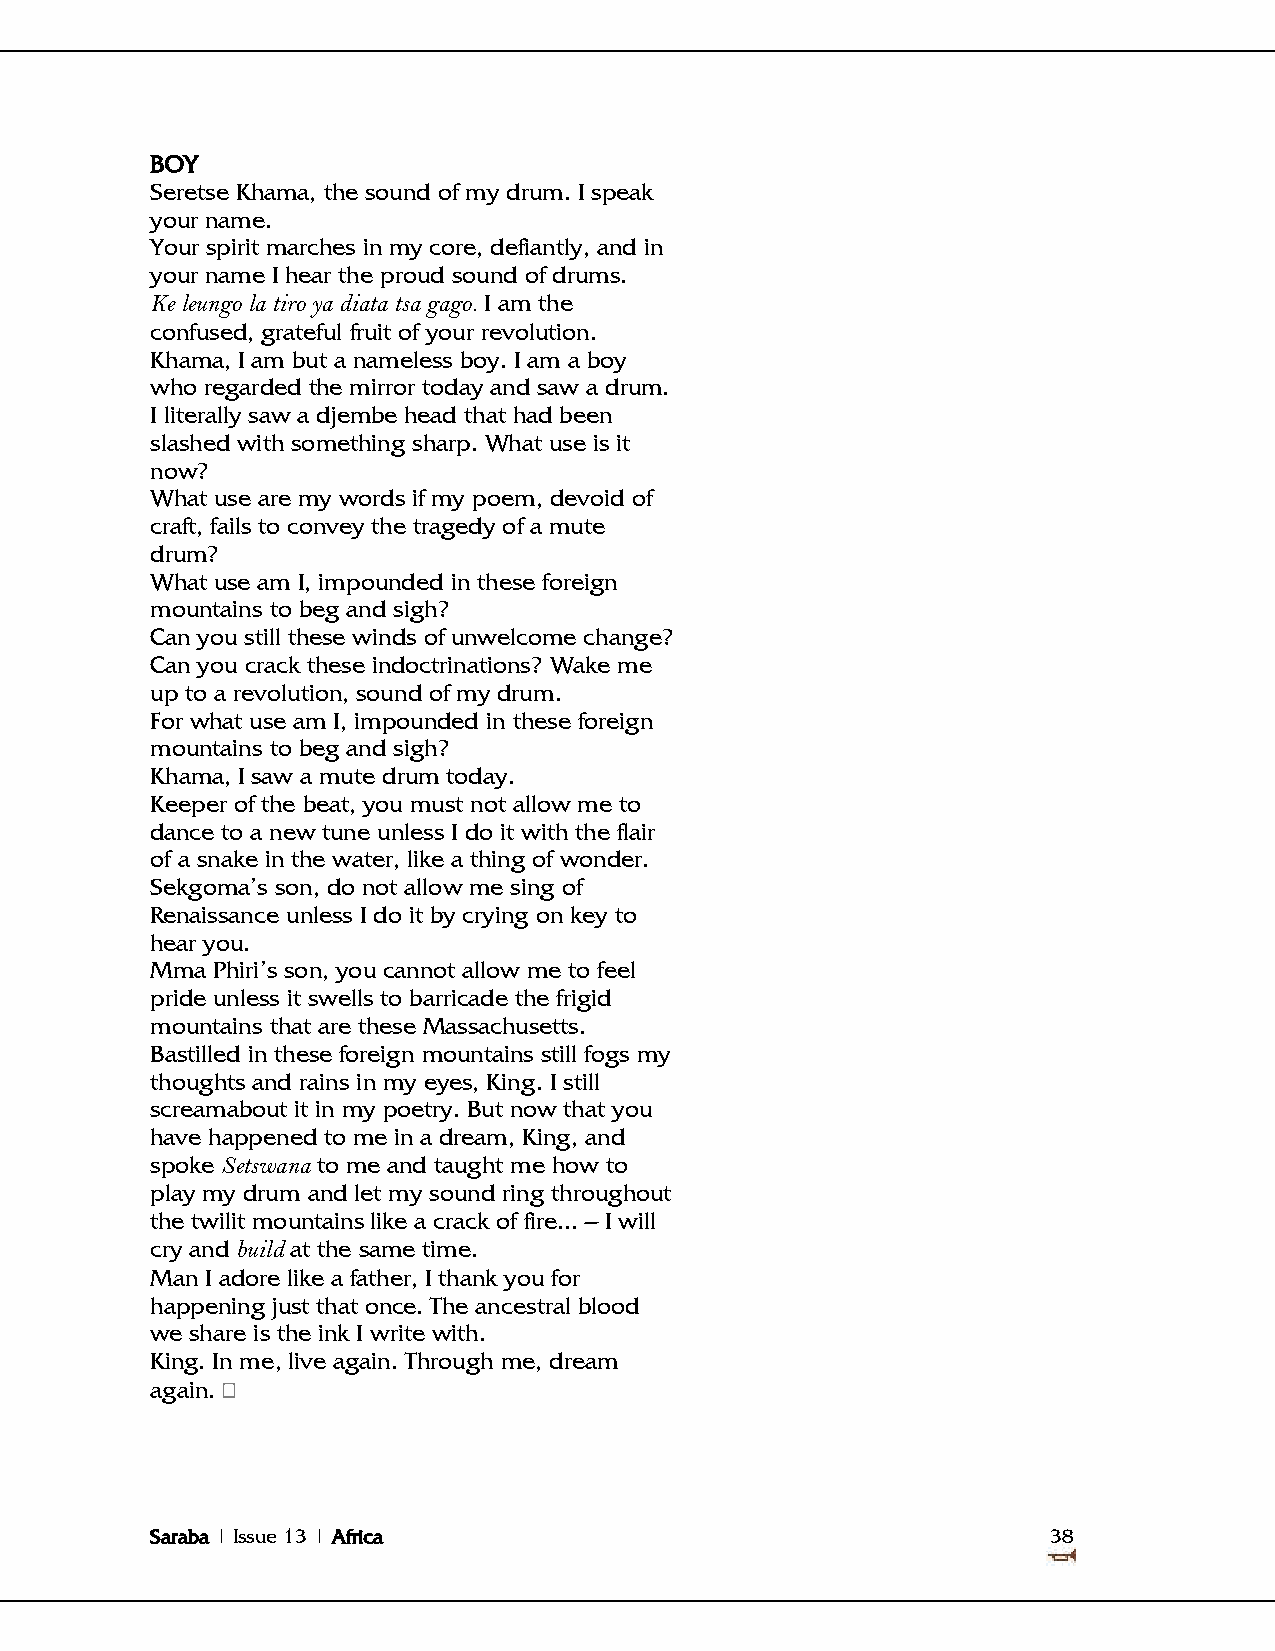
BOY
 Seretse Khama, the sound of my drum. I speak
 your name.
 Your spirit marches in my core, defiantly, and in
 your name I hear the proud sound of drums.
 Ke leungo la tiro ya diata tsa gago. I am the
 confused, grateful fruit of your revolution.
 Khama, I am but a nameless boy. I am a boy
 who regarded the mirror today and saw a drum.
 I literally saw a djembe head that had been
 slashed with something sharp. What use is it
 now?
 What use are my words if my poem, devoid of
 craft, fails to convey the tragedy of a mute
 drum?
 What use am I, impounded in these foreign
 mountains to beg and sigh?
 Can you still these winds of unwelcome change?
 Can you crack these indoctrinations? Wake me
 up to a revolution, sound of my drum.
 For what use am I, impounded in these foreign
 mountains to beg and sigh?
 Khama, I saw a mute drum today.
 Keeper of the beat, you must not allow me to
 dance to a new tune unless I do it with the flair
 of a snake in the water, like a thing of wonder.
 Sekgoma‘s son, do not allow me sing of
 Renaissance unless I do it by crying on key to
 hear you.
 Mma Phiri‘s son, you cannot allow me to feel
 pride unless it swells to barricade the frigid
 mountains that are these Massachusetts.
 Bastilled in these foreign mountains still fogs my
 thoughts and rains in my eyes, King. I still
 screamabout it in my poetry. But now that you
 have happened to me in a dream, King, and
 spoke Setswana to me and taught me how to
 play my drum and let my sound ring throughout
 the twilit mountains like a crack of fire... – I will
 cry and build at the same time.
 Man I adore like a father, I thank you for
 happening just that once. The ancestral blood
 we share is the ink I write with.
 King. In me, live again. Through me, dream
 again.
 Saraba | Issue 13 | Africa                                  38